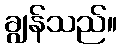
ချွန်သည်။